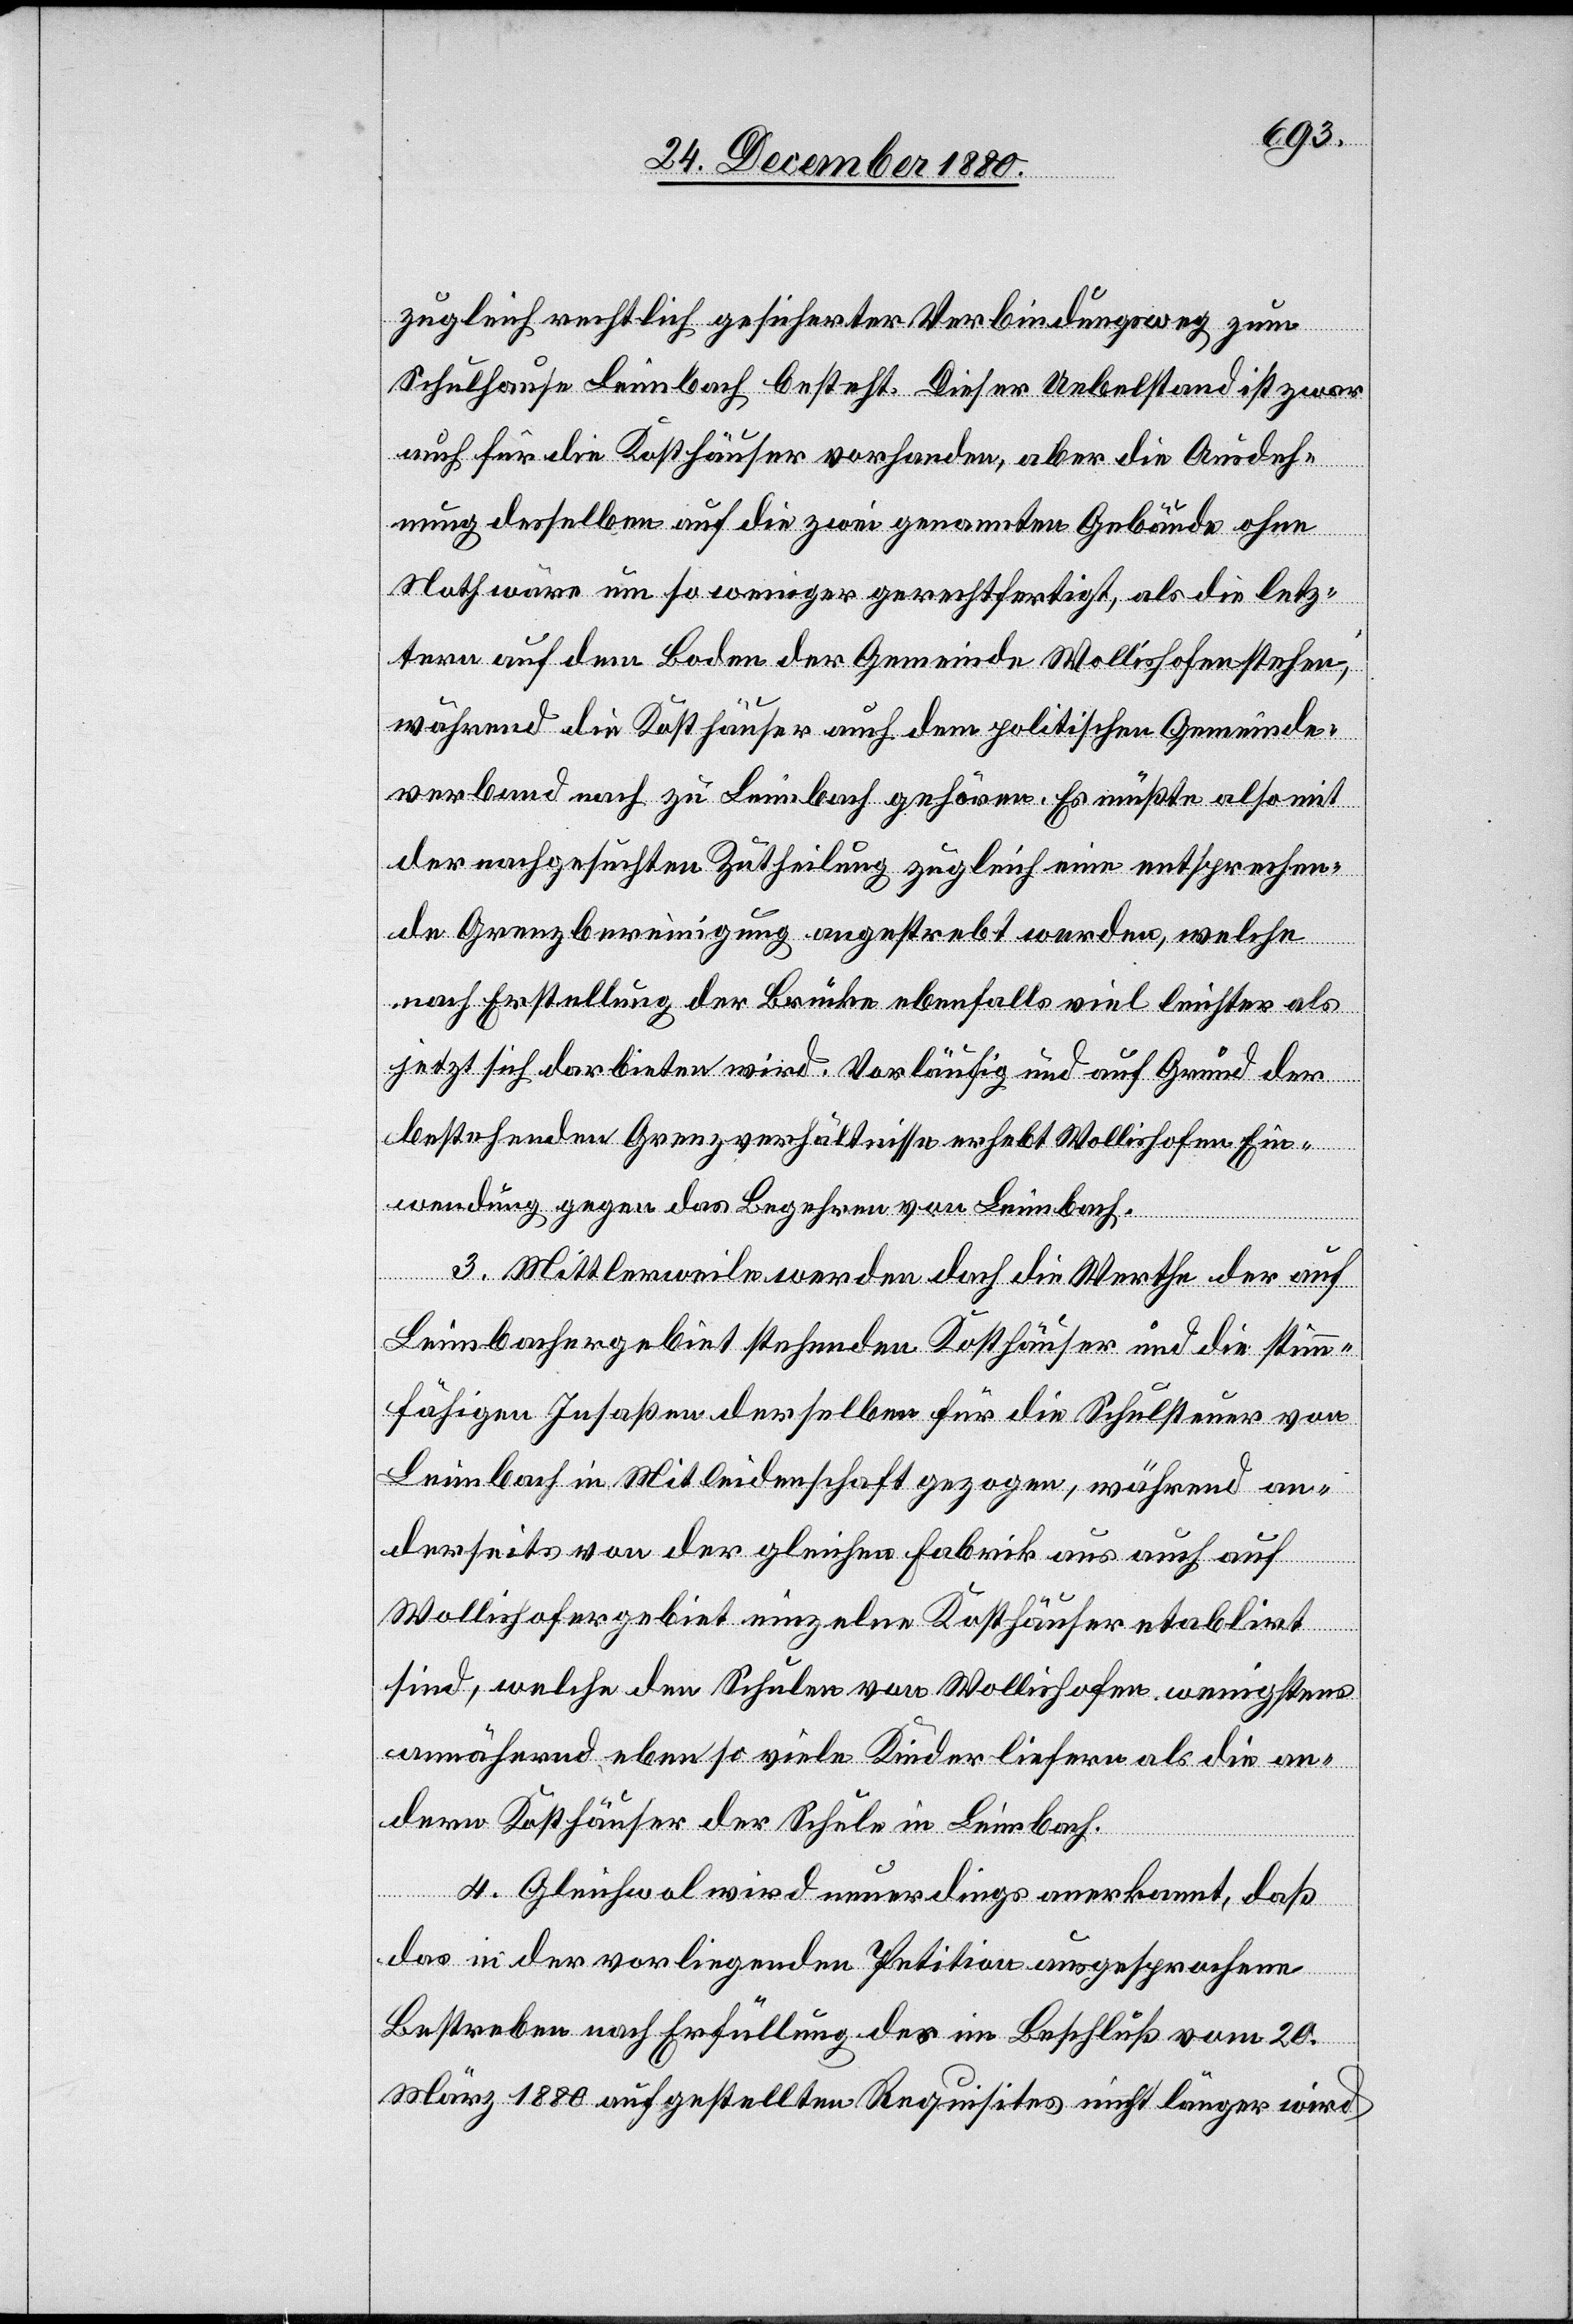
zugleich ernstlich gesicherter Verbindungsweg zum
Schulhause Leimbach besteht. Dieser Uebelstand ist zwar
auch für die Kosthäuser vorhanden, aber die Ausdeh¬
nung desselben auf die zwei genannten Gebäude ohne
Noth wäre um so weniger gerechtfertigt, als die letz¬
tern auf dem Boden der Gemeinde Wollishofen stehen,
während die Kosthäuser auch dem politischen Gemeinde¬
verband nach zu Leimbach gehören. Es müßte also mit
der nachgesuchten Zutheilung zugleich eine entsprechen¬
de Grenzbereinigung angestrebt werden, welche
nach Erstellung der Brücke ebenfalls viel leichter als
jetzt sich darbieten wird. Vorläufig und auf Grund der
bestehenden Grenzverhältnisse erhebt Wollishofen Ein¬
wendung gegen das Begehren von Leimbach.
3. Mittlerweile werden doch die Werthe der auf
Leimbachergebiet stehenden Kosthäuser und die stimm¬
fähigen Insaßen derselben für die Schulsteuer von
Leimbach in Mitleidenschaft gezogen, während an¬
derseits von der gleichen Fabrik aus auch auf
Wollishofergebiet einzelne Kosthäuser etablirt
sind, welche den Schulen von Wollishofen wenigstens
annähernd ebenso viele Kinder liefere als die an¬
dern Kosthäuser der Schule in Leimbach.
4. Gleichwol wird neuerdings anerkannt, daß
das in der vorliegenden Petition ausgesprochene
Bestreben nach Erfüllung des im Beschluß vom 20.
März 1880 aufgestellten Requisites nicht länger wird